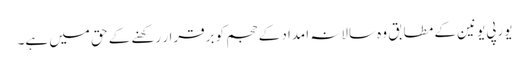
یورپی یونین کے مطابق وہ سالانہ امداد کے حجم کو برقرار رکھنے کے حق میں ہے۔